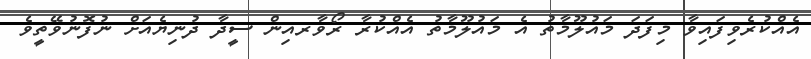
އެއްކުރެވިފައިވާ މިފަދަ މައުލޫމާތު އެ މައުލޫމާތު އެއްކުރާ ރޯވާރއިން ސީދާ ދުނިޔެއަށް ނުފޮނުވޭތީވެ